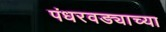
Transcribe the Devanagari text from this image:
पंधरवड्याच्या